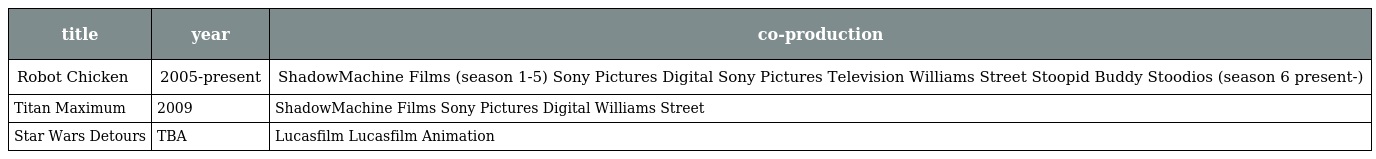
| title | year | co-production |
 | --- | --- | --- |
 | Robot Chicken | 2005-present | ShadowMachine Films (season 1-5) Sony Pictures Digital Sony Pictures Television Williams Street Stoopid Buddy Stoodios (season 6 present-) |
 | Titan Maximum | 2009 | ShadowMachine Films Sony Pictures Digital Williams Street |
 | Star Wars Detours | TBA | Lucasfilm Lucasfilm Animation |